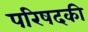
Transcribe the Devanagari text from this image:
परिषदकी